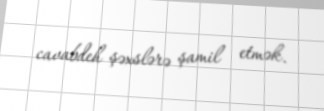
cavabdeh şəxslərə şamil etmək.